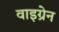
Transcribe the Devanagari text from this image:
वाइग्रेन